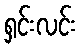
ရှင်းလင်း